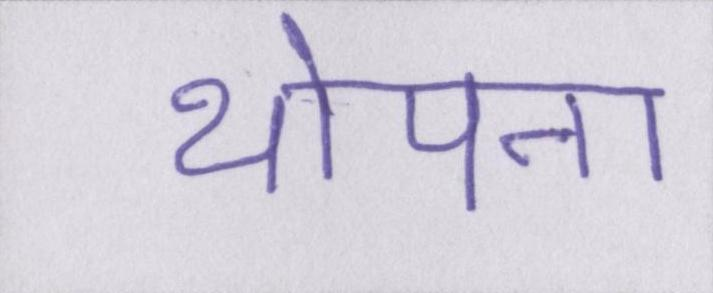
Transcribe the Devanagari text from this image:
थोपना